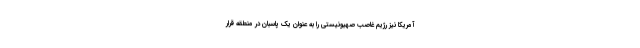
آمریکا نیز رژیم غاصب صهیونیستی را به عنوان یک پاسبان در منطقه قرار